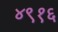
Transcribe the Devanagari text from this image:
४९१६